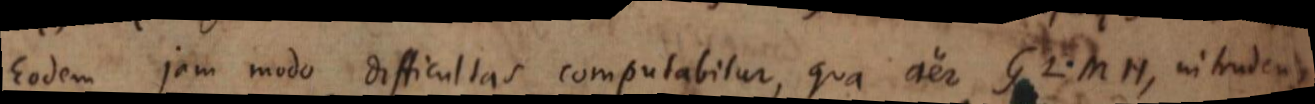
Eodem jam modo difficultas computabitur, qua aer GLMH intrudendus